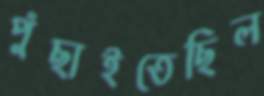
পুঁছাইতেছিল